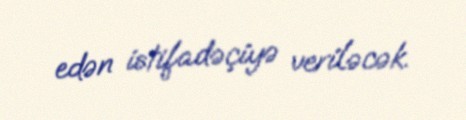
edən istifadəçiyə veriləcək.